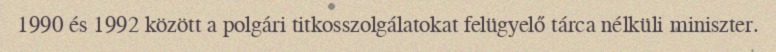
1990 és 1992 között a polgári titkosszolgálatokat felügyelő tárca nélküli miniszter.